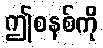
ဤစနစ်ကို